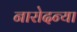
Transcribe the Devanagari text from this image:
नारोदन्या